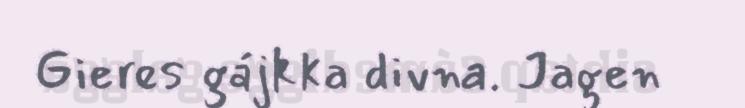
Gieres gájkka divna. Jagen